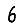
Digit: 6